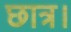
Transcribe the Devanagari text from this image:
छात्र।